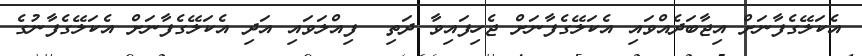
އެކަލޭގެފާނަށް އިޖާބަދެއްވައި އެކަލޭގެފާނަށް ޖެހިފައިވާ ދަތި  ފިއްލަވައި އަދި އެކަލޭގެފާނަށް އެކަލޭގެފާނުގެ